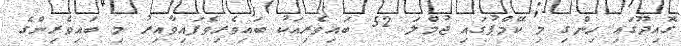
ގޮއިދޫގައި ހިންގި މި ކޭމްޕުގައި ޖުމްލަ 52 ބައިވެރިއަކު ބައިވެރިވެފައިވާއިރު މި ބައިވެރިންގެ